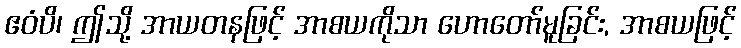
ဧဝံပိ၊ ဤသို့ အာယတနဖြင့် အာစယကိုသာ ဟောတော်မူခြင်း, အာစယဖြင့်